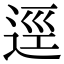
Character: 逕